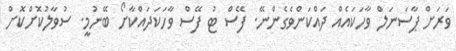
ވަރަށް ޕާސަނަލް ވާހަކައެއް ދައްކަންވެގެންނޭ. ފޭސް ޓު ފޭސް ވާހަކަދައްކާށޯ ބޭނުމީ. ސުވާލުކޮށްކޮށް